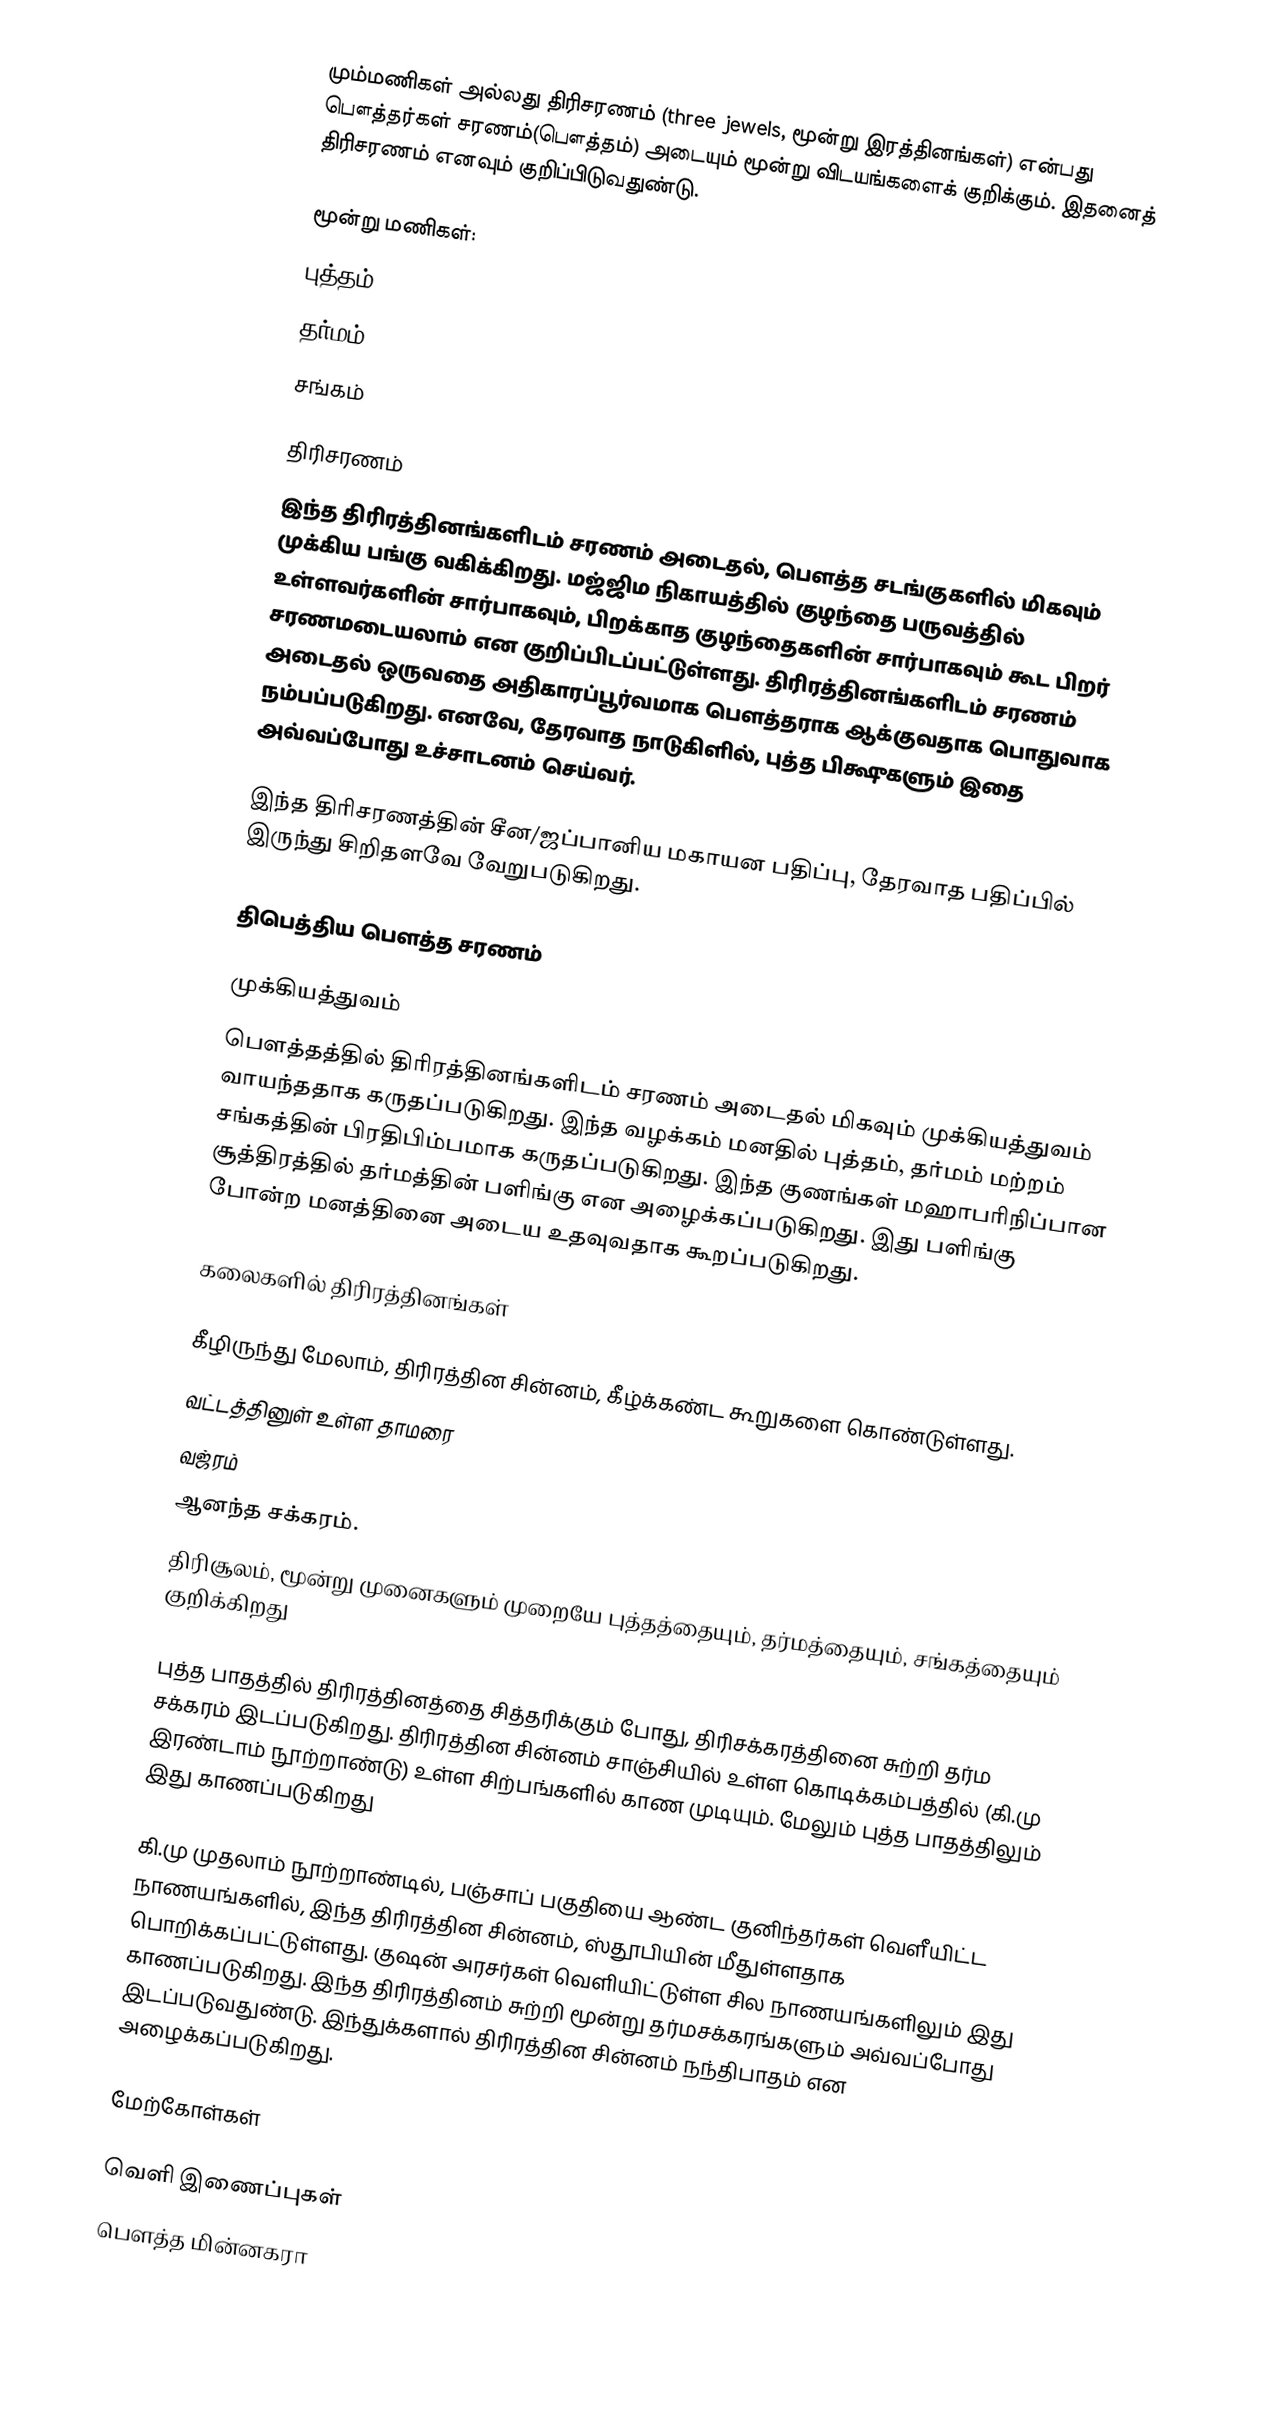
மும்மணிகள் அல்லது திரிசரணம் (three jewels, மூன்று இரத்தினங்கள்) என்பது பௌத்தர்கள் சரணம்(பௌத்தம்) அடையும் மூன்று விடயங்களைக் குறிக்கும். இதனைத் திரிசரணம் எனவும் குறிப்பிடுவதுண்டு.

மூன்று மணிகள்:
 புத்தம்
 தர்மம்
 சங்கம்

திரிசரணம்
இந்த திரிரத்தினங்களிடம் சரணம் அடைதல், பௌத்த சடங்குகளில் மிகவும் முக்கிய பங்கு வகிக்கிறது. மஜ்ஜிம நிகாயத்தில் குழந்தை பருவத்தில் உள்ளவர்களின் சார்பாகவும், பிறக்காத குழந்தைகளின் சார்பாகவும் கூட பிறர் சரணமடையலாம் என குறிப்பிடப்பட்டுள்ளது. திரிரத்தினங்களிடம் சரணம் அடைதல் ஒருவதை அதிகாரப்பூர்வமாக பௌத்தராக ஆக்குவதாக பொதுவாக நம்பப்படுகிறது. எனவே, தேரவாத நாடுகிளில், புத்த பிக்ஷுகளும் இதை அவ்வப்போது உச்சாடனம் செய்வர்.

இந்த திரிசரணத்தின் சீன/ஜப்பானிய மகாயன பதிப்பு, தேரவாத பதிப்பில் இருந்து சிறிதளவே வேறுபடுகிறது.

திபெத்திய பௌத்த சரணம்

முக்கியத்துவம்
பௌத்தத்தில் திரிரத்தினங்களிடம் சரணம் அடைதல் மிகவும் முக்கியத்துவம் வாயந்ததாக கருதப்படுகிறது. இந்த வழக்கம் மனதில் புத்தம், தர்மம் மற்றம் சங்கத்தின் பிரதிபிம்பமாக கருதப்படுகிறது. இந்த குணங்கள் மஹாபரிநிப்பான சூத்திரத்தில் தர்மத்தின் பளிங்கு என அழைக்கப்படுகிறது. இது பளிங்கு போன்ற மனத்தினை அடைய உதவுவதாக கூறப்படுகிறது.

கலைகளில் திரிரத்தினங்கள்

கீழிருந்து மேலாம், திரிரத்தின சின்னம், கீழ்க்கண்ட கூறுகளை கொண்டுள்ளது.
 வட்டத்தினுள் உள்ள தாமரை
 வஜ்ரம்
 ஆனந்த சக்கரம்.
 திரிசூலம், மூன்று முனைகளும் முறையே புத்தத்தையும், தர்மத்தையும், சங்கத்தையும் குறிக்கிறது

புத்த பாதத்தில் திரிரத்தினத்தை சித்தரிக்கும் போது, திரிசக்கரத்தினை சுற்றி தர்ம சக்கரம் இடப்படுகிறது. திரிரத்தின சின்னம் சாஞ்சியில் உள்ள கொடிக்கம்பத்தில் (கி.மு இரண்டாம் நூற்றாண்டு) உள்ள சிற்பங்களில் காண முடியும். மேலும் புத்த பாதத்திலும் இது காணப்படுகிறது

கி.மு முதலாம் நூற்றாண்டில், பஞ்சாப் பகுதியை ஆண்ட குனிந்தர்கள் வெளீயிட்ட நாணயங்களில், இந்த திரிரத்தின சின்னம், ஸ்தூபியின் மீதுள்ளதாக பொறிக்கப்பட்டுள்ளது. குஷன் அரசர்கள் வெளியிட்டுள்ள சில நாணயங்களிலும் இது காணப்படுகிறது. இந்த திரிரத்தினம் சுற்றி மூன்று தர்மசக்கரங்களும் அவ்வப்போது இடப்படுவதுண்டு. இந்துக்களால் திரிரத்தின சின்னம் நந்திபாதம் என அழைக்கப்படுகிறது.

மேற்கோள்கள்

வெளி இணைப்புகள்
 பௌத்த மின்னகரா